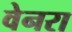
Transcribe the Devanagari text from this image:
वेनरा